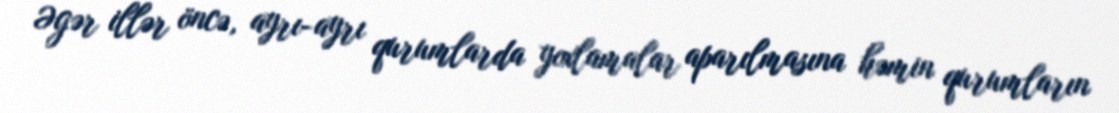
Əgər illər öncə, ayrı-ayrı qurumlarda yoxlamalar aparılmasına həmin qurumların